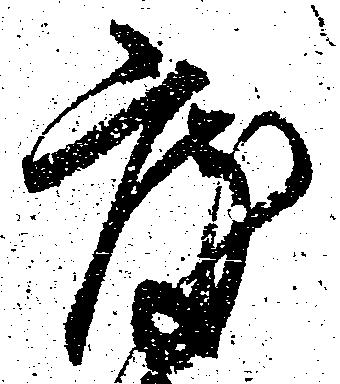
度